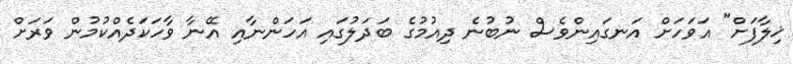
ޚިލާފަށް" އަވަހަށް އަނގައިންވެސް ނުބުނެ ދިއުމުގެ ބަދަލުގައި އަހަންނާއި އޭނާ ވާހަކަދެއްކުމުން ވަރަށް